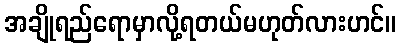
အချိုရည်ရောမှာလို့ရတယ်မဟုတ်လားဟင်။